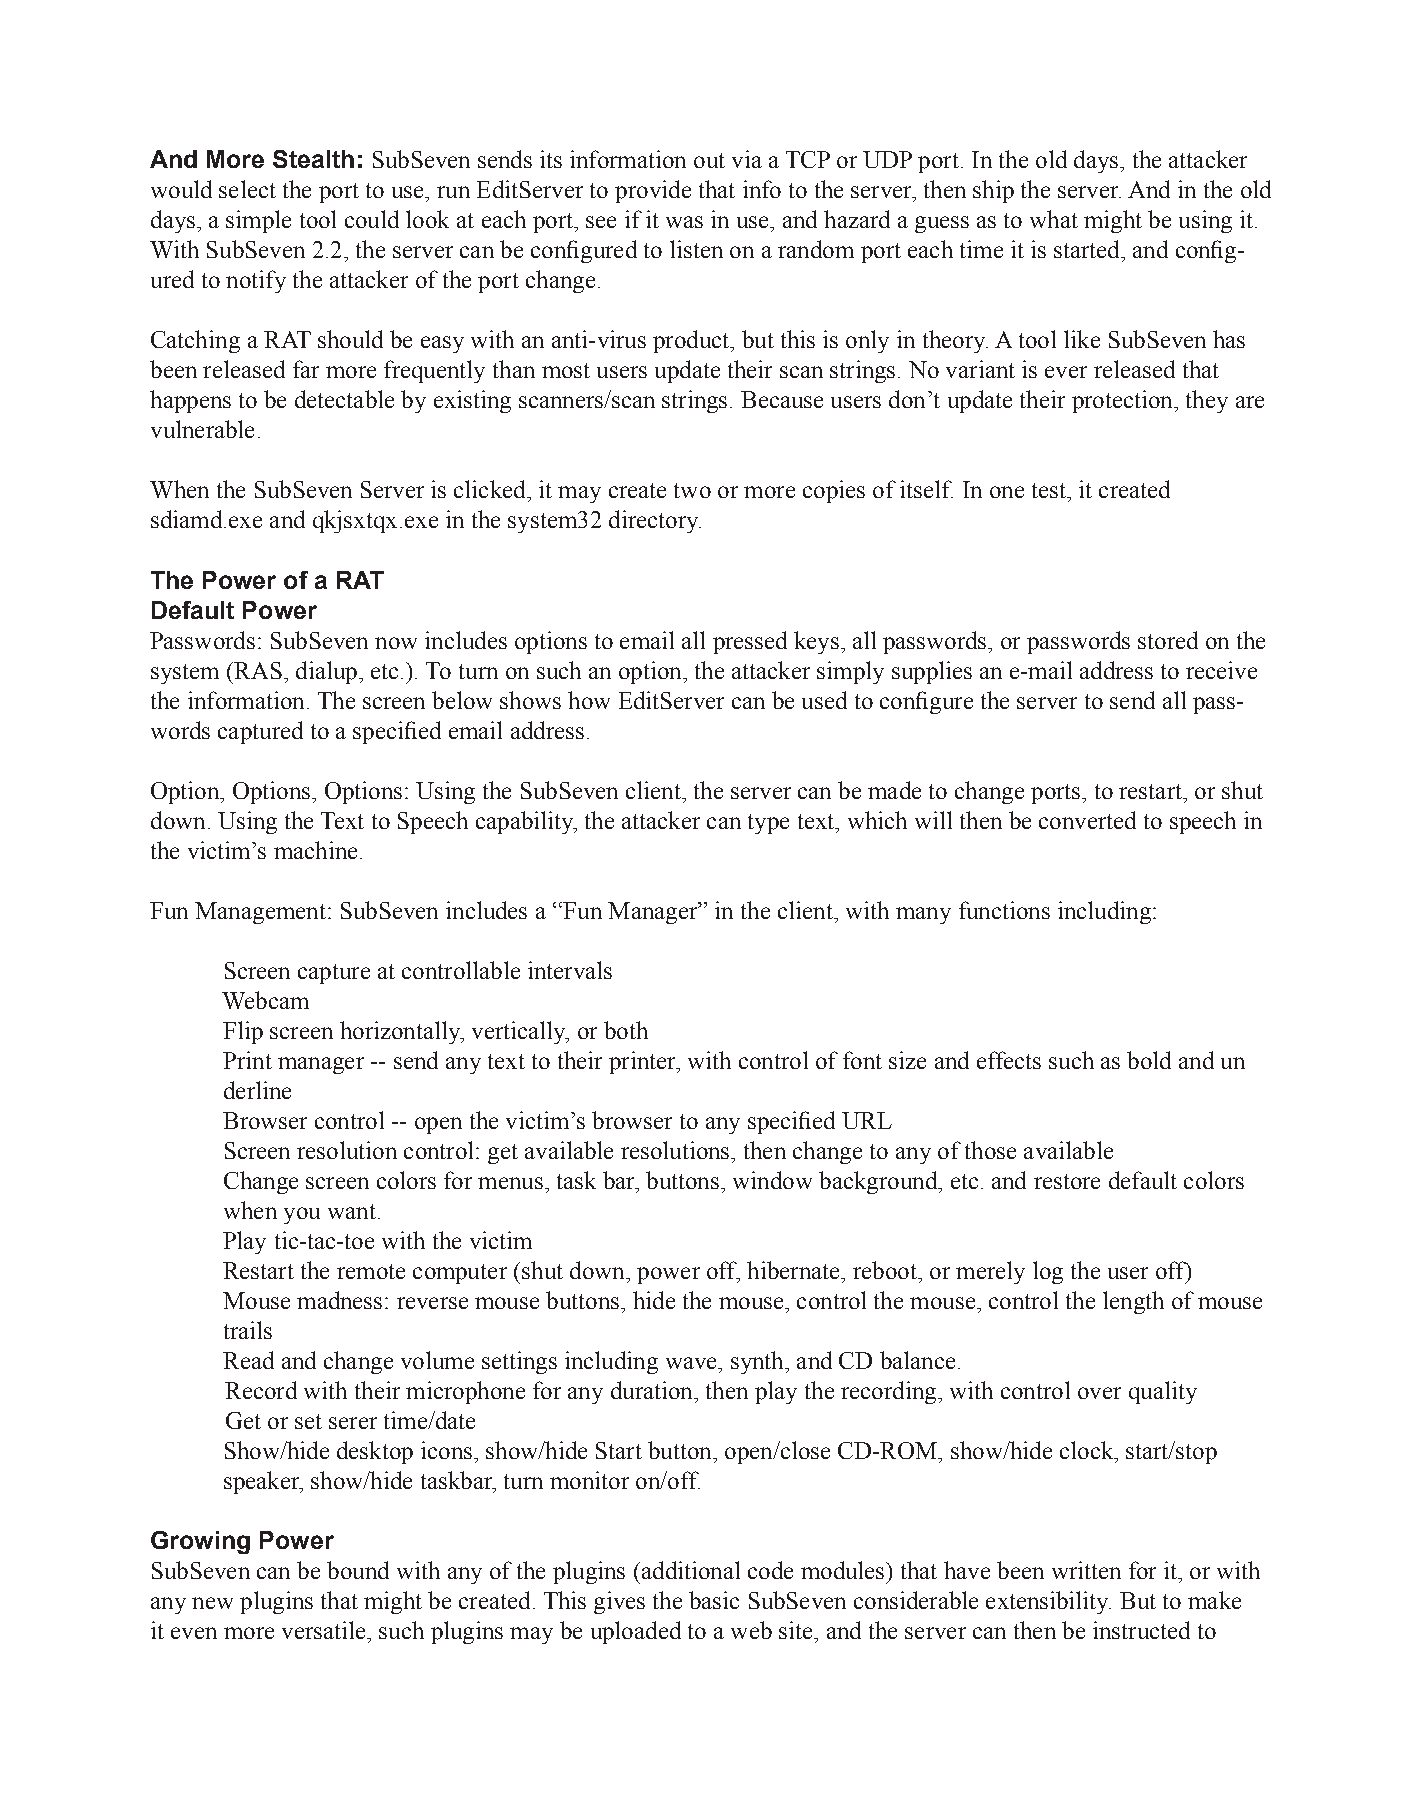
And More Stealth: SubSeven sends its information out via a TCP or UDP port. In the old days, the attacker
 would select the port to use, run EditServer to provide that info to the server, then ship the server. And in the old
 days, a simple tool could look at each port, see if it was in use, and hazard a guess as to what might be using it.
 With SubSeven 2.2, the server can be configured to listen on a random port each time it is started, and config-
 ured to notify the attacker of the port change.
 Catching a RAT should be easy with an anti-virus product, but this is only in theory. A tool like SubSeven has
 been released far more frequently than most users update their scan strings. No variant is ever released that
 happens to be detectable by existing scanners/scan strings. Because users don’t update their protection, they are
 vulnerable.
 When the SubSeven Server is clicked, it may create two or more copies of itself. In one test, it created
 sdiamd.exe and qkjsxtqx.exe in the system32 directory.
 The Power of a RAT
 Default Power
 Passwords: SubSeven now includes options to email all pressed keys, all passwords, or passwords stored on the
 system (RAS, dialup, etc.). To turn on such an option, the attacker simply supplies an e-mail address to receive
 the information. The screen below shows how EditServer can be used to configure the server to send all pass-
 words captured to a specified email address.
 Option, Options, Options: Using the SubSeven client, the server can be made to change ports, to restart, or shut
 down. Using the Text to Speech capability, the attacker can type text, which will then be converted to speech in
 the victim’s machine.
 Fun Management: SubSeven includes a “Fun Manager” in the client, with many functions including:
 Screen capture at controllable intervals
 Webcam
 Flip screen horizontally, vertically, or both
 Print manager -- send any text to their printer, with control of font size and effects such as bold and un
 derline
 Browser control -- open the victim’s browser to any specified URL
 Screen resolution control: get available resolutions, then change to any of those available
 Change screen colors for menus, task bar, buttons, window background, etc. and restore default colors
 when you want.
 Play tic-tac-toe with the victim
 Restart the remote computer (shut down, power off, hibernate, reboot, or merely log the user off)
 Mouse madness: reverse mouse buttons, hide the mouse, control the mouse, control the length of mouse
 trails
 Read and change volume settings including wave, synth, and CD balance.
 Record with their microphone for any duration, then play the recording, with control over quality
 Get or set serer time/date
 Show/hide desktop icons, show/hide Start button, open/close CD-ROM, show/hide clock, start/stop
 speaker, show/hide taskbar, turn monitor on/off.
 Growing Power
 SubSeven can be bound with any of the plugins (additional code modules) that have been written for it, or with
 any new plugins that might be created. This gives the basic SubSeven considerable extensibility. But to make
 it even more versatile, such plugins may be uploaded to a web site, and the server can then be instructed to